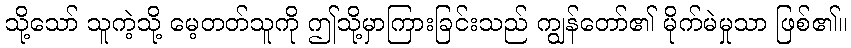
သို့သော် သူကဲ့သို့ မေ့တတ်သူကို ဤသို့မှာကြားခြင်းသည် ကျွန်တော်၏ မိုက်မဲမှုသာ ဖြစ်၏။